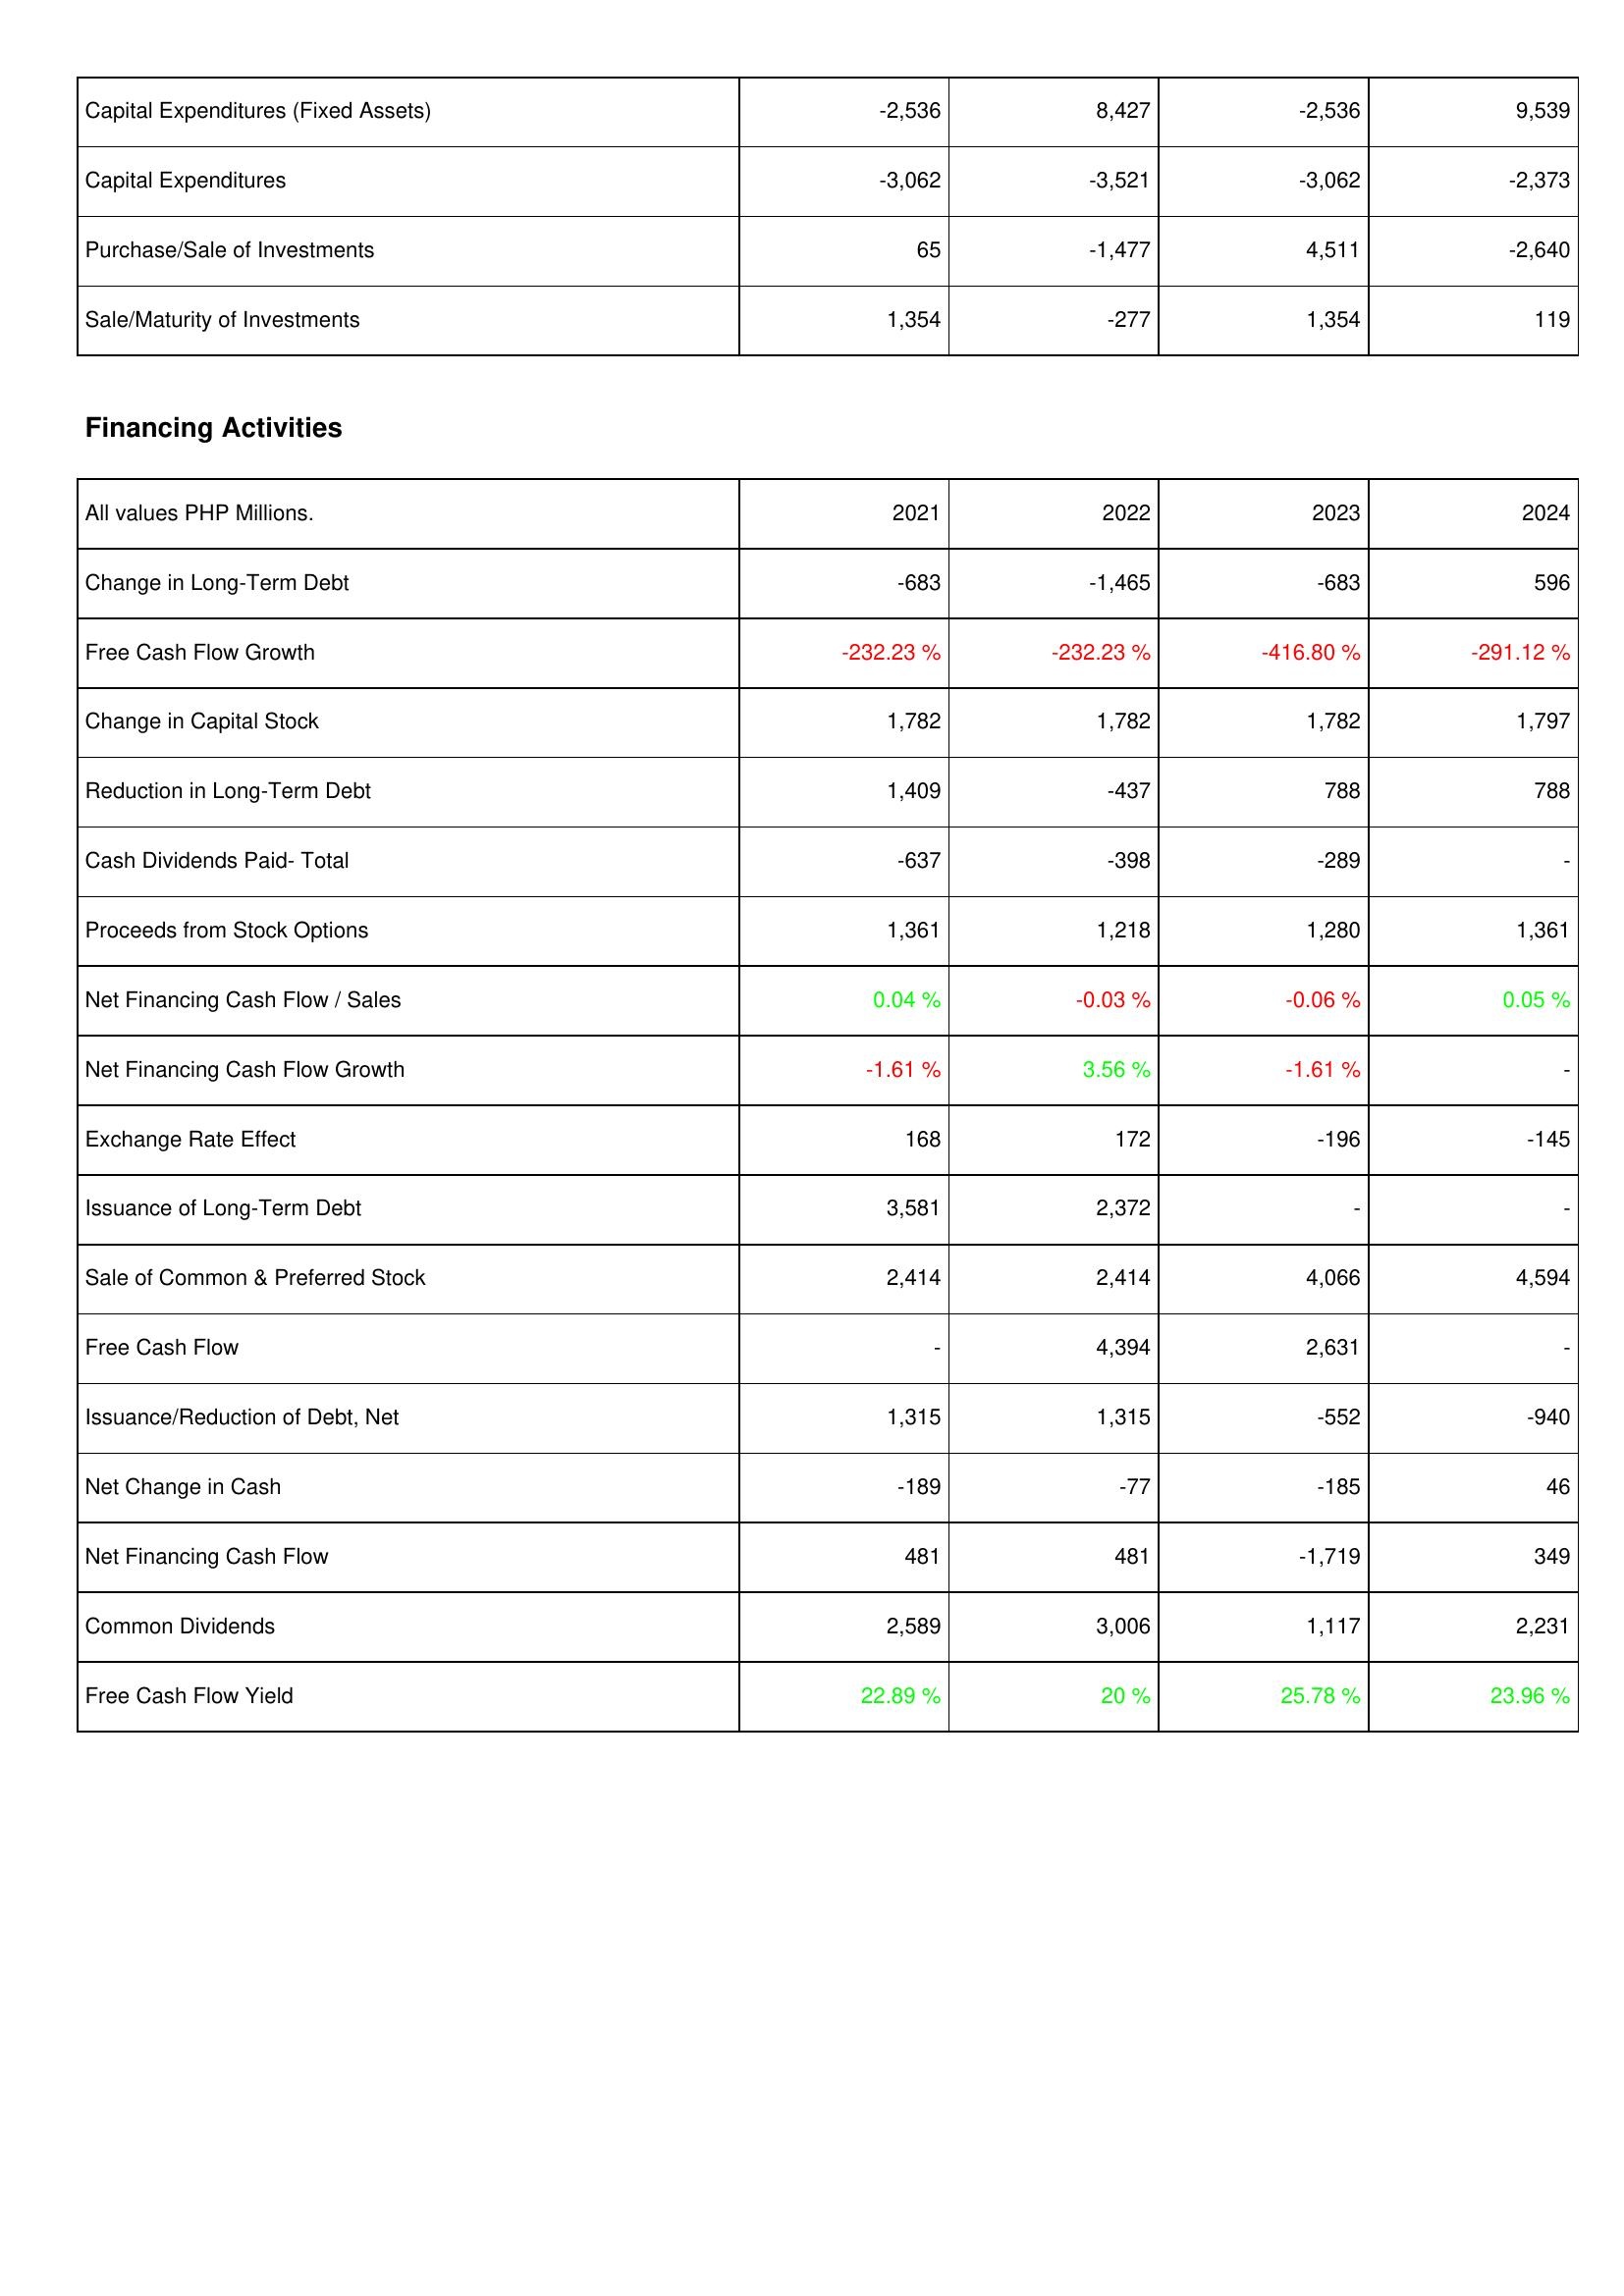
2021: Investing Activities: Capital Expenditures (Fixed Assets): -2,536
Capital Expenditures: -3,062
Purchase/Sale of Investments: 65
Sale/Maturity of Investments: 1,354
Financing Activities: Change in Long-Term Debt: -683
Free Cash Flow Growth: -232.23 %
Change in Capital Stock: 1,782
Reduction in Long-Term Debt: 1,409
Cash Dividends Paid- Total: -637
Proceeds from Stock Options: 1,361
Net Financing Cash Flow / Sales: 0.04 %
Net Financing Cash Flow Growth: -1.61 %
Exchange Rate Effect: 168
Issuance of Long-Term Debt: 3,581
Sale of Common & Preferred Stock: 2,414
Free Cash Flow: -
Issuance/Reduction of Debt, Net: 1,315
Net Change in Cash: -189
Net Financing Cash Flow: 481
Common Dividends: 2,589
Free Cash Flow Yield: 22.89 %
2022: Investing Activities: Capital Expenditures (Fixed Assets): 8,427
Capital Expenditures: -3,521
Purchase/Sale of Investments: -1,477
Sale/Maturity of Investments: -277
Financing Activities: Change in Long-Term Debt: -1,465
Free Cash Flow Growth: -232.23 %
Change in Capital Stock: 1,782
Reduction in Long-Term Debt: -437
Cash Dividends Paid- Total: -398
Proceeds from Stock Options: 1,218
Net Financing Cash Flow / Sales: -0.03 %
Net Financing Cash Flow Growth: 3.56 %
Exchange Rate Effect: 172
Issuance of Long-Term Debt: 2,372
Sale of Common & Preferred Stock: 2,414
Free Cash Flow: 4,394
Issuance/Reduction of Debt, Net: 1,315
Net Change in Cash: -77
Net Financing Cash Flow: 481
Common Dividends: 3,006
Free Cash Flow Yield: 20 %
2023: Investing Activities: Capital Expenditures (Fixed Assets): -2,536
Capital Expenditures: -3,062
Purchase/Sale of Investments: 4,511
Sale/Maturity of Investments: 1,354
Financing Activities: Change in Long-Term Debt: -683
Free Cash Flow Growth: -416.80 %
Change in Capital Stock: 1,782
Reduction in Long-Term Debt: 788
Cash Dividends Paid- Total: -289
Proceeds from Stock Options: 1,280
Net Financing Cash Flow / Sales: -0.06 %
Net Financing Cash Flow Growth: -1.61 %
Exchange Rate Effect: -196
Issuance of Long-Term Debt: -
Sale of Common & Preferred Stock: 4,066
Free Cash Flow: 2,631
Issuance/Reduction of Debt, Net: -552
Net Change in Cash: -185
Net Financing Cash Flow: -1,719
Common Dividends: 1,117
Free Cash Flow Yield: 25.78 %
2024: Investing Activities: Capital Expenditures (Fixed Assets): 9,539
Capital Expenditures: -2,373
Purchase/Sale of Investments: -2,640
Sale/Maturity of Investments: 119
Financing Activities: Change in Long-Term Debt: 596
Free Cash Flow Growth: -291.12 %
Change in Capital Stock: 1,797
Reduction in Long-Term Debt: 788
Cash Dividends Paid- Total: -
Proceeds from Stock Options: 1,361
Net Financing Cash Flow / Sales: 0.05 %
Net Financing Cash Flow Growth: -
Exchange Rate Effect: -145
Issuance of Long-Term Debt: -
Sale of Common & Preferred Stock: 4,594
Free Cash Flow: -
Issuance/Reduction of Debt, Net: -940
Net Change in Cash: 46
Net Financing Cash Flow: 349
Common Dividends: 2,231
Free Cash Flow Yield: 23.96 %